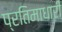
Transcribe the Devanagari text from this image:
प्रतिमाधारी